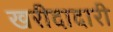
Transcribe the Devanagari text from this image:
खरीदादारी